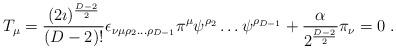
LaTeX: \begin{align*}T_\mu =\frac{(2\imath)^\frac{D-2}{2}}{(D-2)!}\epsilon_{\nu\mu\rho_2\ldots\rho_{D-1}}\pi^\mu\psi^{\rho_2}\ldots\psi^{\rho_{D-1}}+\frac{\alpha}{2^\frac{D-2}{2}}\pi_\nu=0\;.\end{align*}